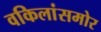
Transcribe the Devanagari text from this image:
वकिलांसमोर